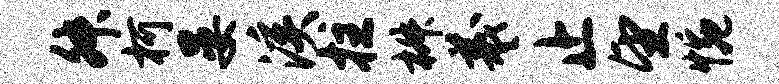
舛柯晏溪拄椒羲止望惋